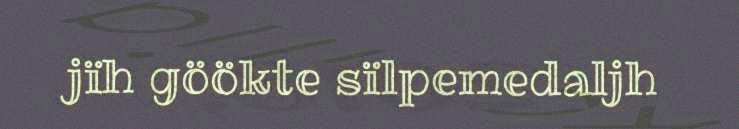
jïh göökte sïlpemedaljh